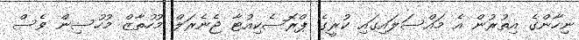
ނިހާންގެ އިތުރުން އެ މައްސަލައިގައި ކުރީގެ ޕްރޮސެކިއުޓާ ޖެނެރަލް މުހުތާޒް މުހުސިން ވެސް